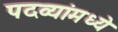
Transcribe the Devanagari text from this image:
पदव्यांमध्ये